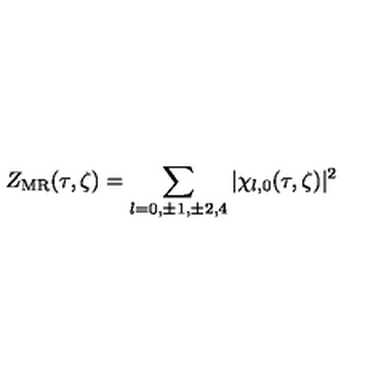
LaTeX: Z _ { \mathrm { M R } } ( \tau , \zeta ) = \sum _ { l = 0 , \pm 1 , \pm 2 , 4 } \vert \chi _ { l , 0 } ( \tau , \zeta ) \vert ^ { 2 }